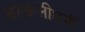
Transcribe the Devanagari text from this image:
अल्कलीधर्मी